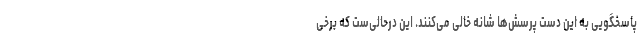
پاسخگویی به این دست پرسش‌ها شانه خالی می‌کنند. این درحالی‌ست که برخی